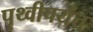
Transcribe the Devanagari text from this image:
पृथ्वीपर्यंत